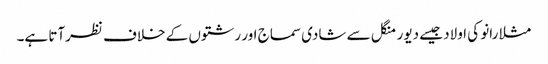
مثلا رانو کی اولاد جیسے دیور منگل سے شادی سماج اور رشتوں کے خلاف نظرآتا ہے۔